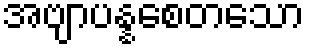
အဗျာပန္နစေတသော